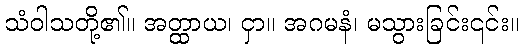
သံဝါသတို့၏။ အတ္ထာယ၊ ငှာ။ အဂမနံ၊ မသွားခြင်း၎င်း။